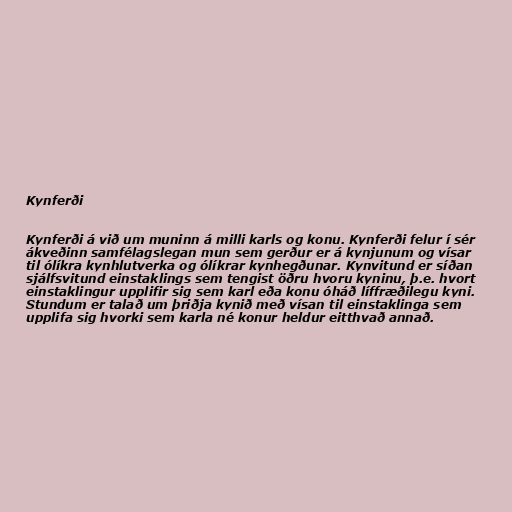
Kynferði

Kynferði á við um muninn á milli karls og konu. Kynferði felur í sér
ákveðinn samfélagslegan mun sem gerður er á kynjunum og vísar
til ólíkra kynhlutverka og ólíkrar kynhegðunar. Kynvitund er síðan
sjálfsvitund einstaklings sem tengist öðru hvoru kyninu, þ.e. hvort
einstaklingur upplifir sig sem karl eða konu óháð líffræðilegu kyni.
Stundum er talað um þriðja kynið með vísan til einstaklinga sem
upplifa sig hvorki sem karla né konur heldur eitthvað annað.